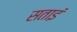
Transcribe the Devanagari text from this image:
सताइं